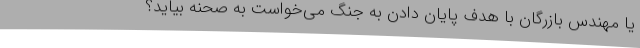
یا مهندس بازرگان با هدف پایان دادن به جنگ می‌خواست به صحنه بیاید؟